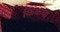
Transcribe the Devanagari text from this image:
किकया